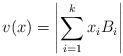
LaTeX: \begin{align*}v(x)=\left|\sum_{i=1}^k x_i B_i \right|\end{align*}